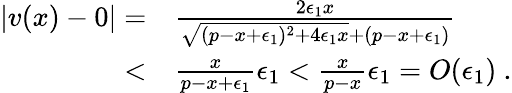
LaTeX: \begin{array}{rl}{\left|v(x)-0\right|=}&{\frac{2\epsilon_{1}x}{\sqrt{(p-x+\epsilon_{1})^{2}+4\epsilon_{1}x}+(p-x+\epsilon_{1})}}\\ {<}&{\frac{x}{p-x+\epsilon_{1}}\epsilon_{1}<\frac{x}{p-x}\epsilon_{1}=O(\epsilon_{1})\ .}\end{array}